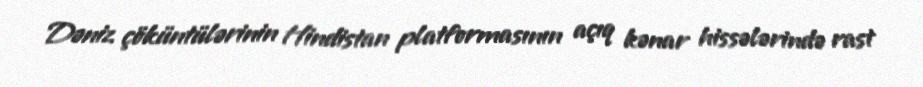
Dəniz çöküntülərinin Hindistan platformasının açıq kənar hissələrində rast